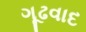
ગૂઢવાદ